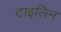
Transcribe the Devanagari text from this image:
टाइलिन